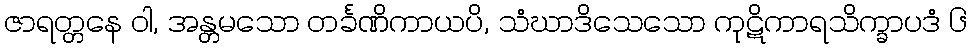
ဇာရတ္တနေ ဝါ, အန္တမသော တင်္ခဏိကာယပိ, သံဃာဒိသေသော ကုဋိကာရသိက္ခာပဒံ ၆